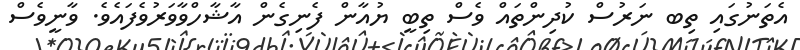
އެތަނުގައި ތިބ ނަރުސް ކުދިންތައް ވެސް ތިބީ ޔުއާން ފެނިގެން އާޝާހްވާވަރުވެފައެވެ. ވާނީވެސް